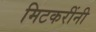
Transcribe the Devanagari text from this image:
मिटकरींनी